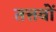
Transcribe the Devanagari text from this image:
तत्तवों